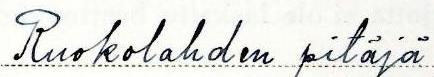
Ruokolahden pitäjä